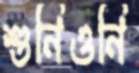
শুনিওনি